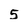
Character: 5